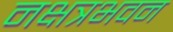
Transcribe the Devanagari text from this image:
नक्षत्रभवन